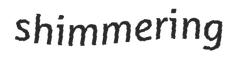
shimmering